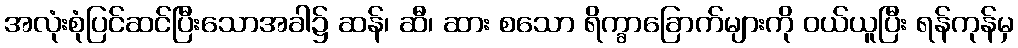
အလုံးစုံပြင်ဆင်ပြီးသောအခါ၌ ဆန်၊ ဆီ၊ ဆား စသော ရိက္ခာခြောက်များကို ဝယ်ယူပြီး ရန်ကုန်မှ